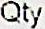
QTY